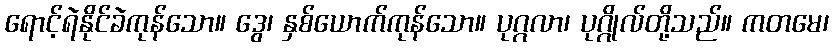
ရောင့်ရဲနိုင်ခဲကုန်သော။ ဒွေ၊ နှစ်ယောက်ကုန်သော။ ပုဂ္ဂလာ၊ ပုဂ္ဂိုလ်တို့သည်။ ကတမေ၊